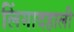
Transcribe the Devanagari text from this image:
लिंगादहाली